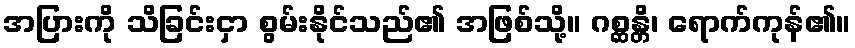
အပြားကို သိခြင်းငှာ စွမ်းနိုင်သည်၏ အဖြစ်သို့။ ဂစ္ဆန္တိ၊ ရောက်ကုန်၏။